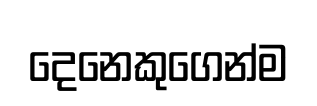
දෙනෙකුගෙන්ම